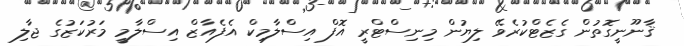
ޤާނޫނީގޮތުން ގެޒެޓްކުރެވޭ ލިޔުން މިނިސްޓްރީ އޮފް އިސްލާމިކް އެފެއާޒް އިސްލާމީ މަރުކަޒުގެ ޖާލި